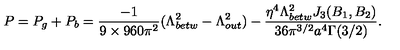
P = P _ { g } + P _ { b } = \frac { - 1 } { 9 \times 9 6 0 \pi ^ { 2 } } ( \Lambda _ { b e t w } ^ { 2 } - \Lambda _ { o u t } ^ { 2 } ) - \frac { \eta ^ { 4 } \Lambda _ { b e t w } ^ { 2 } J _ { 3 } ( B _ { 1 } , B _ { 2 } ) } { 3 6 \pi ^ { 3 / 2 } a ^ { 4 } \Gamma ( 3 / 2 ) } .